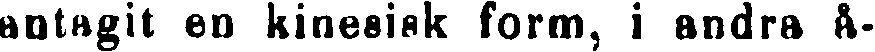
antagit en kinesisk form, i andra å-